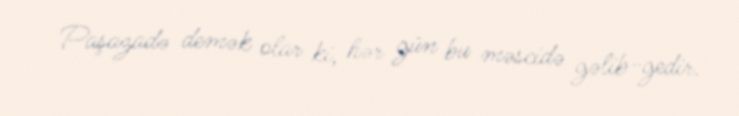
Paşazadə demək olar ki, hər gün bu məscidə gəlib-gedir.